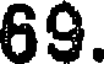
69.